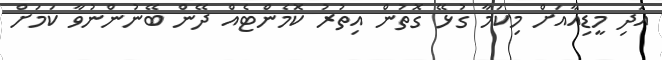
އަދި މީޑިއާއަށް މިކަމާ ގުޅޭ ގޮތުން އިތުރު ކޮމެންޓެއް ދޭން ބޭނުންނުވާ ކަމަށް